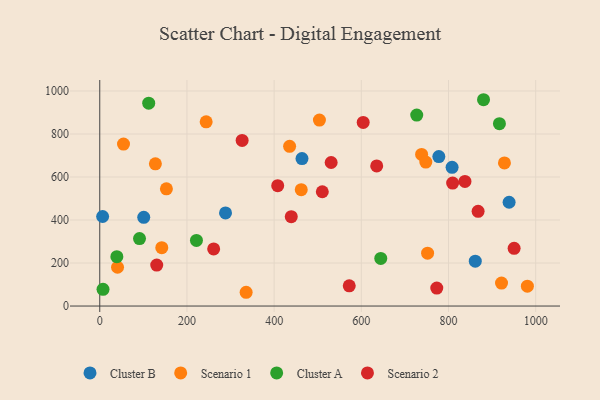
{"axis": {"x": "Ad Spend", "y": "Profit"}, "legend": ["Cluster A", "Cluster B", "Scenario 1", "Scenario 2"], "data": [{"x": "939.0", "y": 482.7, "type": "Cluster B"}, {"x": "100.9", "y": 412.6, "type": "Cluster B"}, {"x": "288.5", "y": 432.9, "type": "Cluster B"}, {"x": "808.2", "y": 645.2, "type": "Cluster B"}, {"x": "6.6", "y": 416.4, "type": "Cluster B"}, {"x": "777.8", "y": 695.1, "type": "Cluster B"}, {"x": "463.9", "y": 685.8, "type": "Cluster B"}, {"x": "861.4", "y": 208.7, "type": "Cluster B"}, {"x": "462.2", "y": 541.0, "type": "Scenario 1"}, {"x": "152.9", "y": 545.0, "type": "Scenario 1"}, {"x": "142.3", "y": 271.6, "type": "Scenario 1"}, {"x": "738.3", "y": 705.1, "type": "Scenario 1"}, {"x": "752.0", "y": 245.8, "type": "Scenario 1"}, {"x": "244.1", "y": 856.7, "type": "Scenario 1"}, {"x": "335.8", "y": 64.0, "type": "Scenario 1"}, {"x": "921.6", "y": 106.7, "type": "Scenario 1"}, {"x": "980.9", "y": 92.3, "type": "Scenario 1"}, {"x": "40.8", "y": 180.4, "type": "Scenario 1"}, {"x": "435.5", "y": 742.5, "type": "Scenario 1"}, {"x": "928.3", "y": 665.3, "type": "Scenario 1"}, {"x": "127.6", "y": 661.1, "type": "Scenario 1"}, {"x": "503.9", "y": 864.6, "type": "Scenario 1"}, {"x": "54.5", "y": 753.1, "type": "Scenario 1"}, {"x": "747.9", "y": 669.5, "type": "Scenario 1"}, {"x": "91.2", "y": 313.6, "type": "Cluster A"}, {"x": "7.5", "y": 77.5, "type": "Cluster A"}, {"x": "916.8", "y": 848.0, "type": "Cluster A"}, {"x": "112.3", "y": 943.3, "type": "Cluster A"}, {"x": "880.3", "y": 959.3, "type": "Cluster A"}, {"x": "39.2", "y": 229.4, "type": "Cluster A"}, {"x": "727.1", "y": 887.8, "type": "Cluster A"}, {"x": "221.8", "y": 305.1, "type": "Cluster A"}, {"x": "644.6", "y": 221.5, "type": "Cluster A"}, {"x": "130.7", "y": 190.5, "type": "Scenario 2"}, {"x": "572.3", "y": 93.8, "type": "Scenario 2"}, {"x": "837.7", "y": 579.4, "type": "Scenario 2"}, {"x": "439.3", "y": 415.7, "type": "Scenario 2"}, {"x": "773.1", "y": 83.7, "type": "Scenario 2"}, {"x": "326.6", "y": 770.0, "type": "Scenario 2"}, {"x": "261.3", "y": 265.4, "type": "Scenario 2"}, {"x": "510.5", "y": 531.4, "type": "Scenario 2"}, {"x": "604.3", "y": 853.6, "type": "Scenario 2"}, {"x": "950.5", "y": 268.2, "type": "Scenario 2"}, {"x": "635.3", "y": 651.4, "type": "Scenario 2"}, {"x": "408.2", "y": 559.7, "type": "Scenario 2"}, {"x": "867.9", "y": 440.5, "type": "Scenario 2"}, {"x": "809.5", "y": 571.9, "type": "Scenario 2"}, {"x": "530.8", "y": 667.3, "type": "Scenario 2"}]}